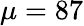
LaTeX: \mu=87